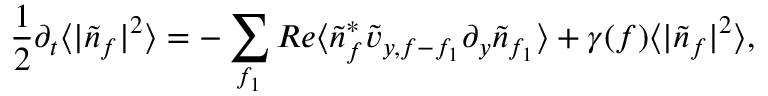
\frac { 1 } { 2 } \partial _ { t } \langle | \tilde { n } _ { f } | ^ { 2 } \rangle = - \sum _ { f _ { 1 } } R e \langle \tilde { n } _ { f } ^ { * } \tilde { v } _ { y , f - f _ { 1 } } \partial _ { y } \tilde { n } _ { f _ { 1 } } \rangle + \gamma ( f ) \langle | \tilde { n } _ { f } | ^ { 2 } \rangle ,